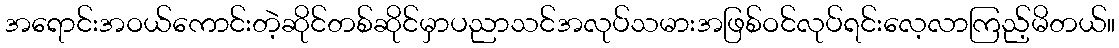
အရောင်းအဝယ်ကောင်းတဲ့ဆိုင်တစ်ဆိုင်မှာပညာသင်အလုပ်သမားအဖြစ်ဝင်လုပ်ရင်းလေ့လာကြည့်မိတယ်။